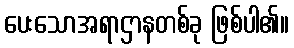
ပေးသောအရာဌာနတစ်ခု ဖြစ်ပါ၏။